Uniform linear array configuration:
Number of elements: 16
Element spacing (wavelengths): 0.5
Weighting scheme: cosine
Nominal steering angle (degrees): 0
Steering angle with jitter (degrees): -1.756
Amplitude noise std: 0.05
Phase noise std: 0.05

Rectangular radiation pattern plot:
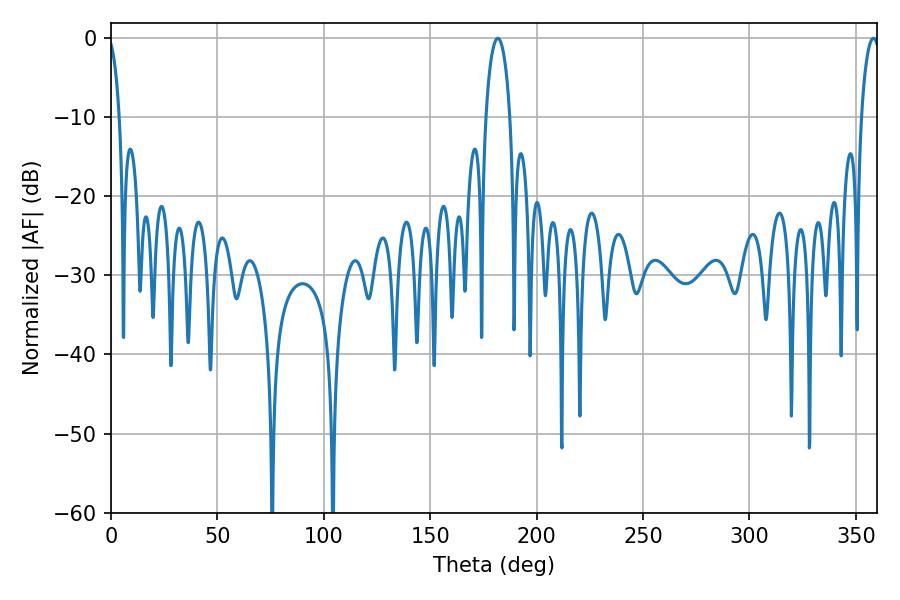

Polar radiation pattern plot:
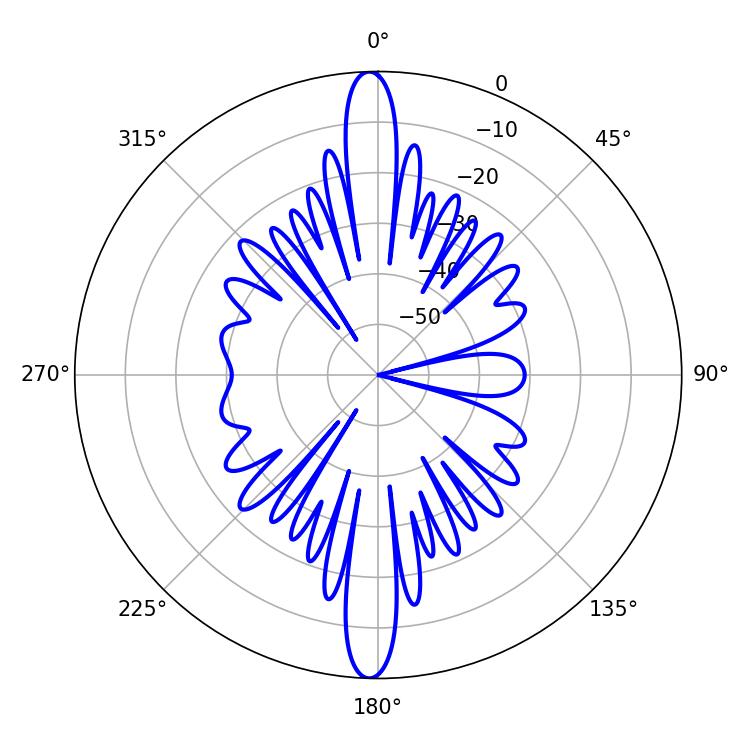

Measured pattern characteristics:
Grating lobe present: FALSE
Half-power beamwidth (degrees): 6.48
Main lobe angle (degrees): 181.8